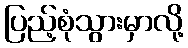
ပြည့်စုံသွားမှာလို့